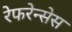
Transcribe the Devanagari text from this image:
रेफरेन्सेस